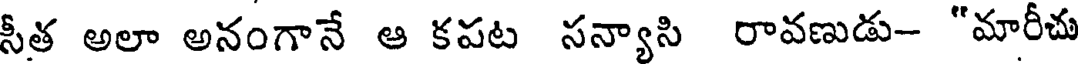
సీత అలా అనంగానే ఆ కపట సన్యాసి రావణుడు- "మారీచు